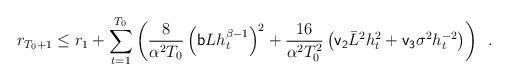
LaTeX: \begin{align*} r_{T_0+1}\leq r_1 + \sum_{t=1}^{T_0}\left(\frac{8}{ \alpha^2T_0}\left({\sf b}Lh_t^{\beta-1}\right)^2 + \frac{16}{\alpha^2 T_0^2}\left({\sf v_2}\bar{L}^2h_t^{2} + {\sf v_3}\sigma^2h_t^{-2}\right)\right)\enspace.\end{align*}